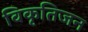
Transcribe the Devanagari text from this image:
विकृतिजन